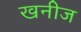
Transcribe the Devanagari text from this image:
खनीज